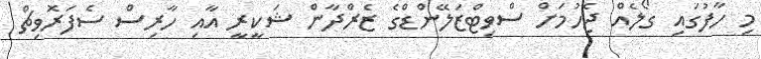
މި ހާފުގައި ގޯލެއް ޖެހުމަށް ސްވިޓްޒަލޭންޑްގެ ޒެރްދާން ޝަކީރީ އާއި ހާރިސް ސެފަރޮވިޗް